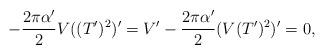
LaTeX: \begin{align*}-\frac{2\pi\alpha'}{2}V((T')^2)'=V'-\frac{2\pi\alpha'}{2}(V(T')^2)'=0,\end{align*}